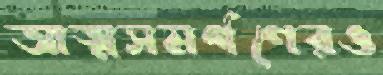
আত্মসমর্পণেরও